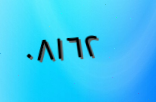
٠٨١٦٢